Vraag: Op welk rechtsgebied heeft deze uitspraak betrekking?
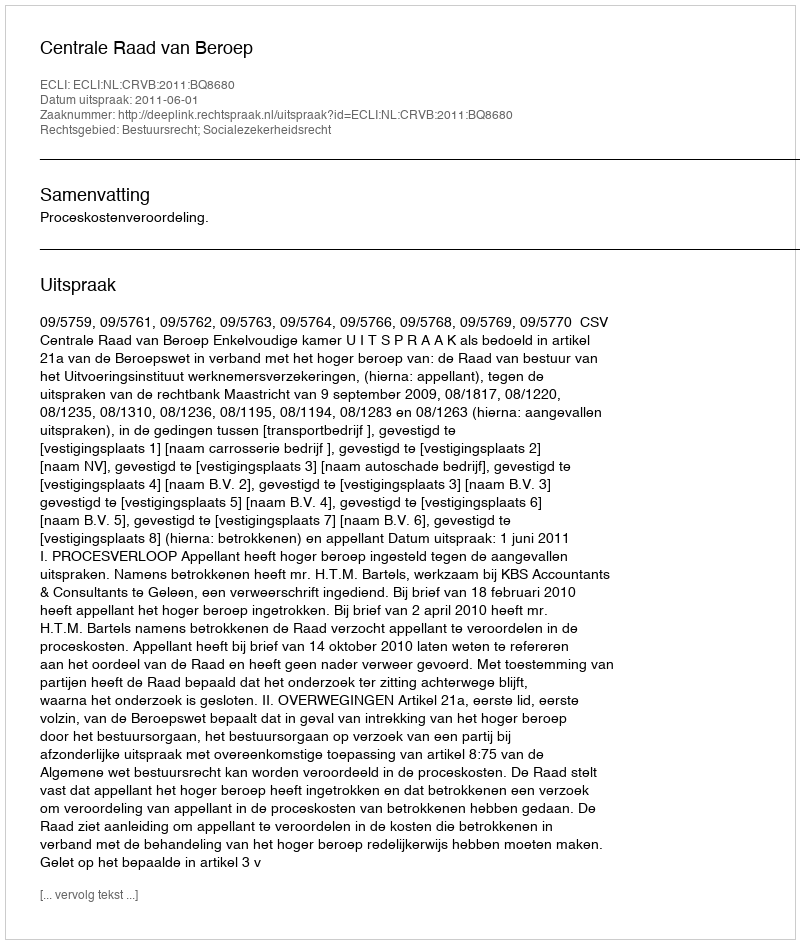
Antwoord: Bestuursrecht; Socialezekerheidsrecht